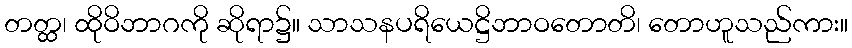
တတ္ထ၊ ထိုဝိဘာဂကို ဆိုရာ၌။ သာသနပရိယေဋ္ဌိဘာဝတောတိ၊ တောဟူသည်ကား။